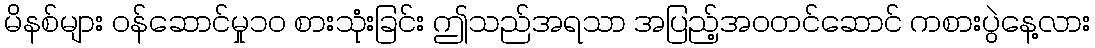
မိနစ်များ ဝန်ဆောင်မှု၁၀ စားသုံးခြင်း ဤသည်အရသာ အပြည့်အဝတင်ဆောင် ကစားပွဲနေ့လား